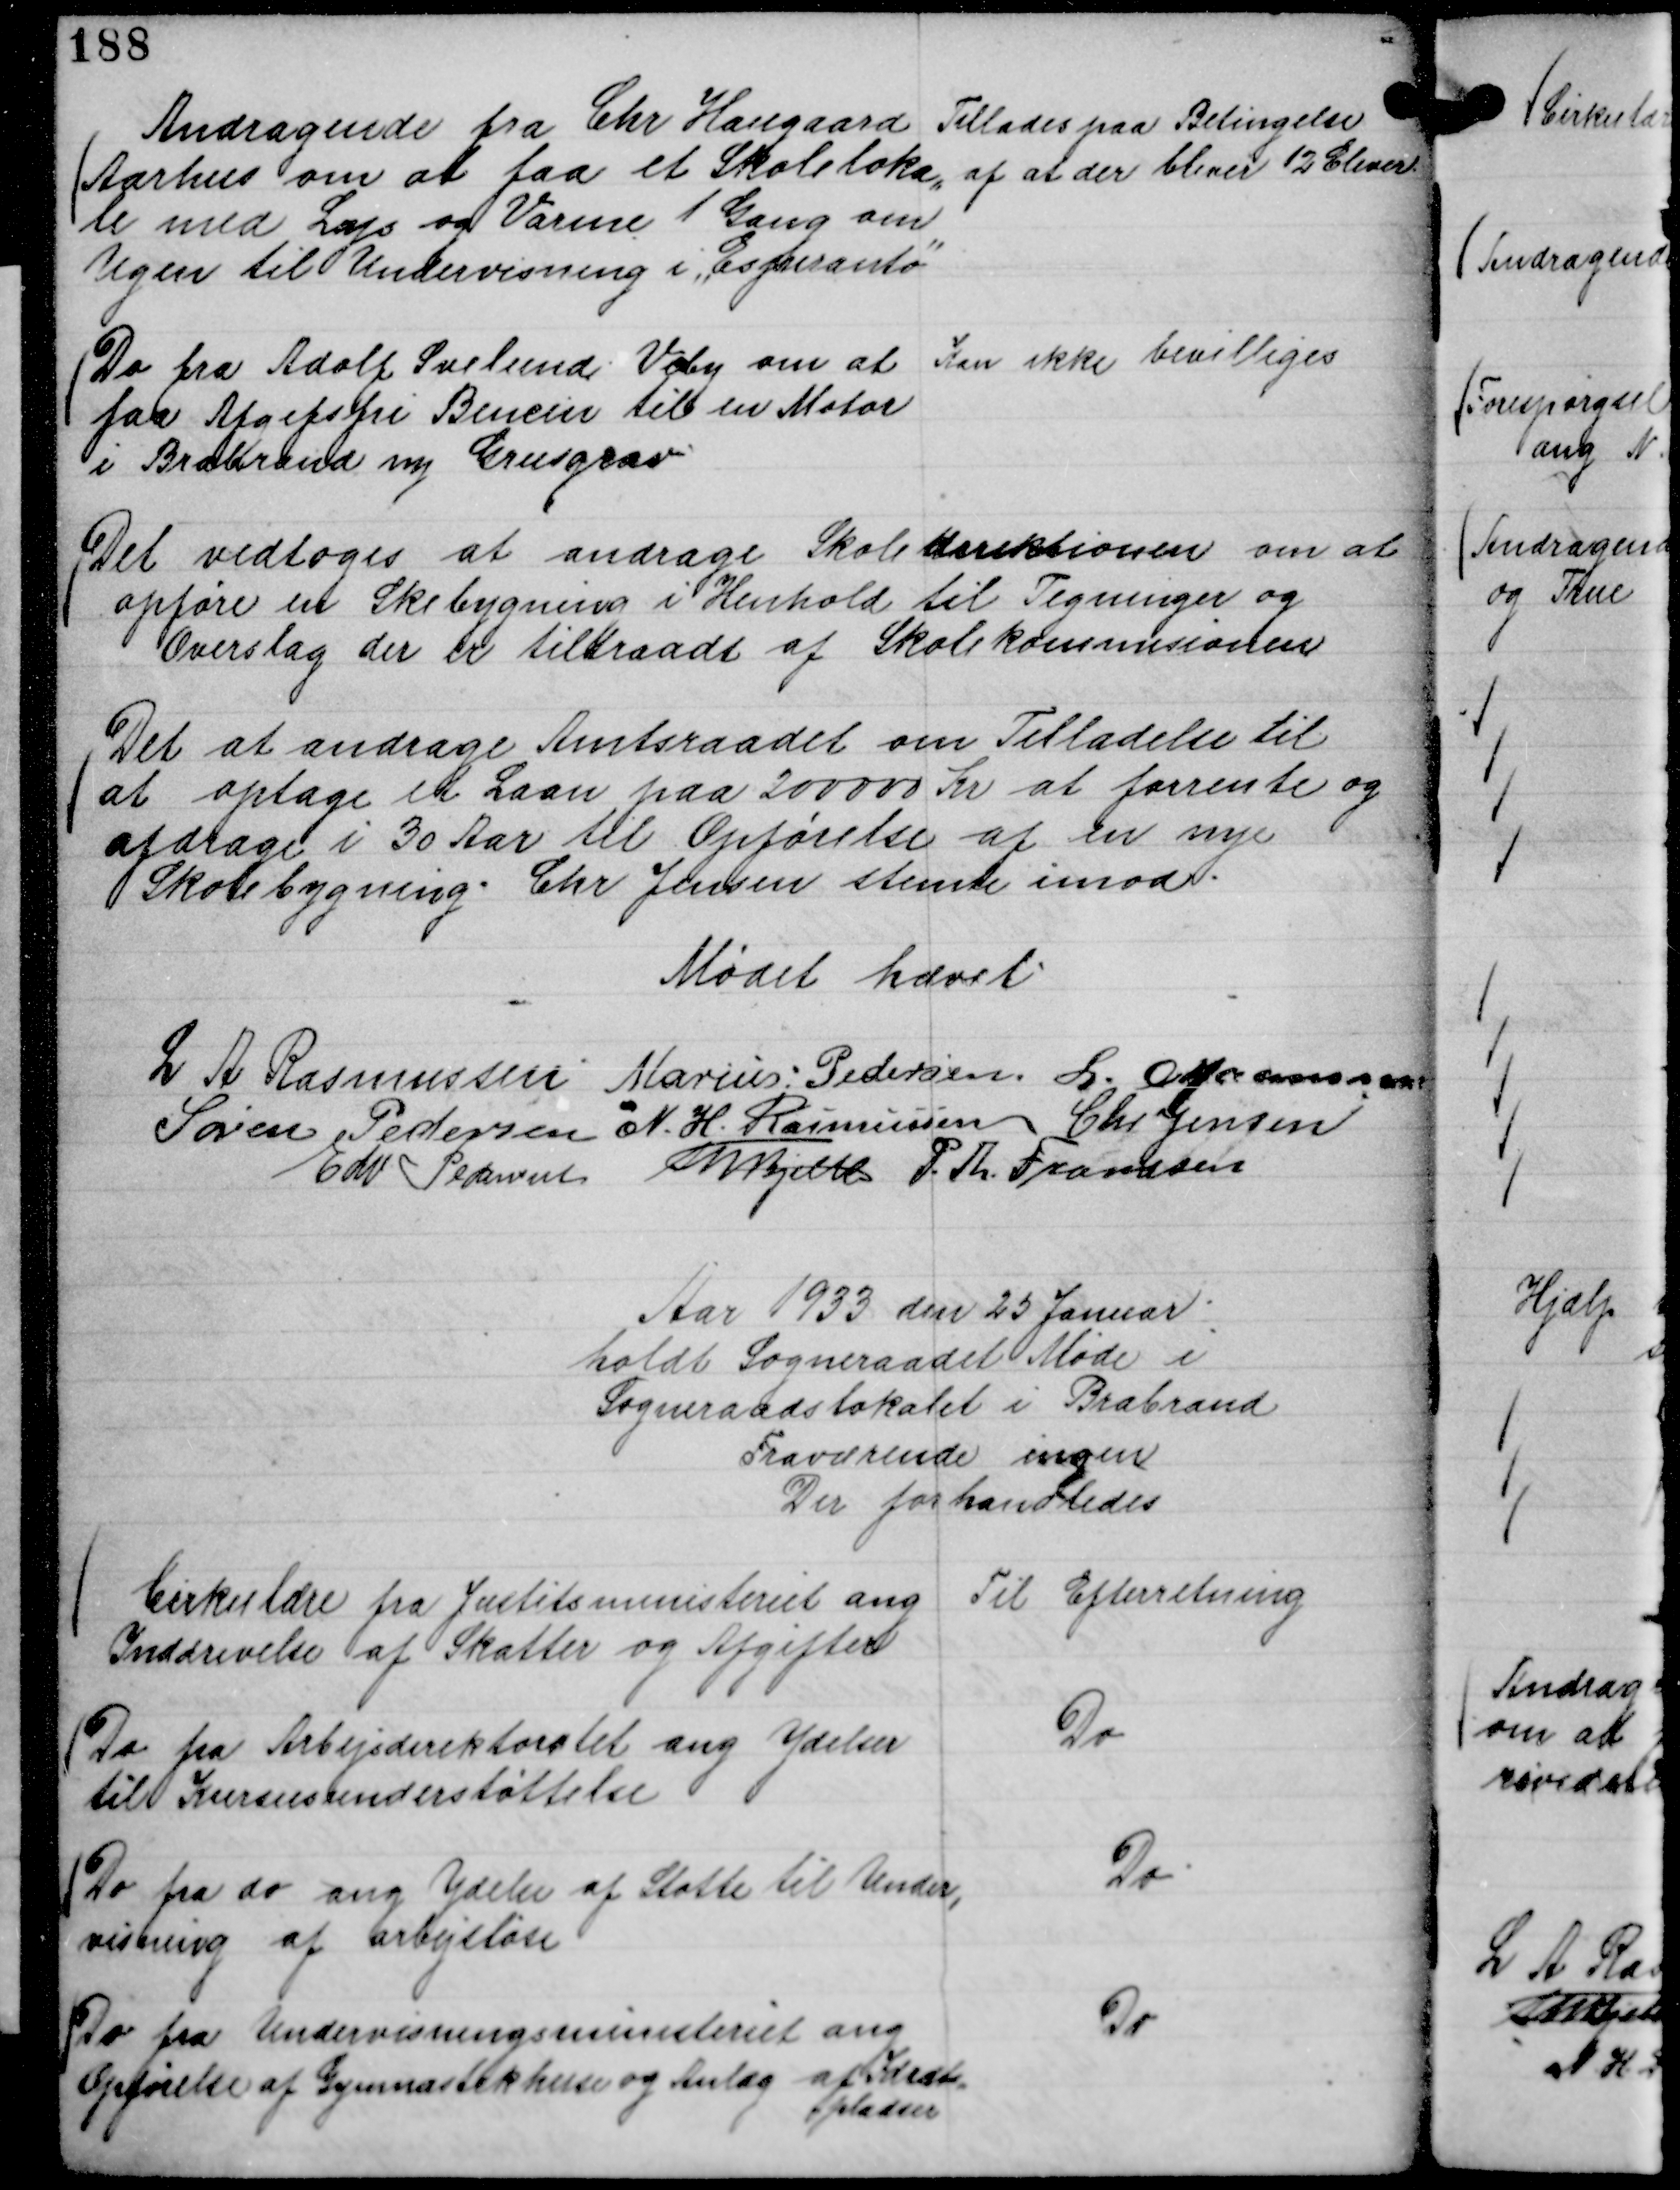
Transskription:
Andragende fra Chr Haugaard
Aarhus om at faa et Skoleloka,,
le med Lys og Varme 1 Gang om
Ugen til Undervisning i "Esperanto"

Tillades paa Betingelse
af at der bliver 12 Elever.

Do fra Adolf Svelund Væby om at
faa Afgefsfri Bencin til en Motor
i Brabrand ny Grusgrav.

Kan ikke bevilliges

Det vedtoges at andrage Skoledirektionen om at
opføre en Skebygning i Henbold til Tegninger og
Overslag der er tiltraadt af Skolekommisionen

Det at andrage Amtsraadet om Tilladelse til
at optage et Laan paa 200000 Kr at forrente og
afdrage i 30 Aar til Opførelse af en ny
Skolebygning. Chr Jensen stemte imod.

Mødet hævet.
L A Rasmussen
Marius Pedersen.
L. Maansson
Søren Pedersen
N. H. Rasmussen
Chr Jensen
Edv Pedersen
Th Bjelke
P. Th. Frandsen

Aar 1933 den 25 Januar .
holdt Sogneraadet Møde i
Sogneraadslokalet i Brabrand
Fraværende ingen
Der forhandledes

Cirkulære fra Justitsministeriet ang
Inddrivelse af Skatter og Afgifter

Til Efterretning

Do fra Arbejsdirektoratet ang Ydelser
til Kursusunderstøttelse

Do

Do fra do ang Ydelse af Støtte til Under,
visning af arbejsløn

Do.

Do fra Undervisningsministeriet ang
Opførelse af Gymnastikhuse og Anlæg af Idræts,,
pladser

Do